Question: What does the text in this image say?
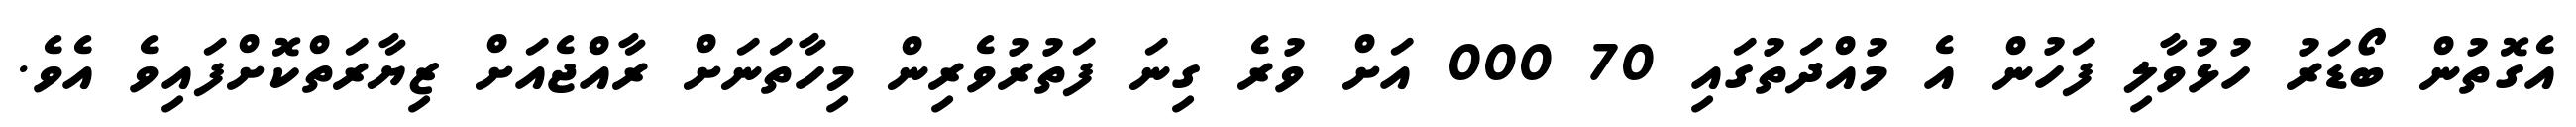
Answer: އެގޮތުން ބޯޑަރު ހުޅުވާލި ފަހުން އެ މުއްދަތުގައި 70 000 އަށް ވުރެ ގިނަ ފަތުރުވެރިން މިހާތަނަށް ރާއްޖެއަށް ޒިޔާރަތްކޮށްފައިވެ އެވެ.